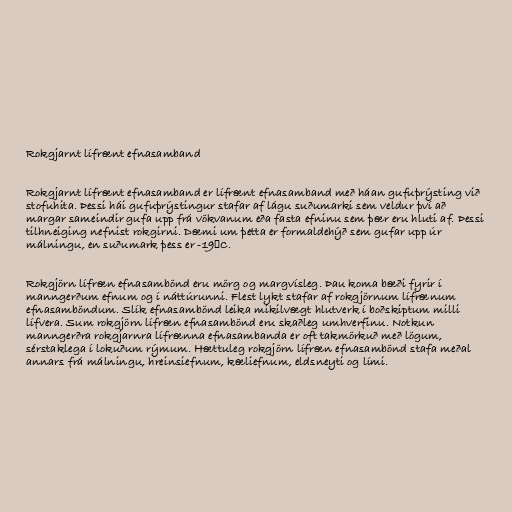
Rokgjarnt lífrænt efnasamband

Rokgjarnt lífrænt efnasamband er lífrænt efnasamband með háan gufuþrýsting við
stofuhita. Þessi hái gufuþrýstingur stafar af lágu suðumarki sem veldur því að
margar sameindir gufa upp frá vökvanum eða fasta efninu sem þær eru hluti af. Þessi
tilhneiging nefnist rokgirni. Dæmi um þetta er formaldehýð sem gufar upp úr
málningu, en suðumark þess er -19⁰C.

Rokgjörn lífræn efnasambönd eru mörg og margvísleg. Þau koma bæði fyrir í
manngerðum efnum og í náttúrunni. Flest lykt stafar af rokgjörnum lífrænum
efnasamböndum. Slík efnasambönd leika mikilvægt hlutverk í boðskiptum milli
lífvera. Sum rokgjörn lífræn efnasambönd eru skaðleg umhverfinu. Notkun
manngerðra rokgjarnra lífrænna efnasambanda er oft takmörkuð með lögum,
sérstaklega í lokuðum rýmum. Hættuleg rokgjörn lífræn efnasambönd stafa meðal
annars frá málningu, hreinsiefnum, kæliefnum, eldsneyti og lími.